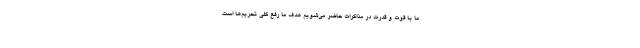
ما با قوت و قدرت در مذاکرات حاضر می‌شویم هدف ما رفع کلی تحریم‌ها است.